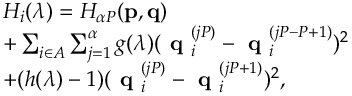
\begin{array} { r l } & { H _ { i } ( \lambda ) = H _ { \alpha P } ( \mathbf { p } , \mathbf { q } ) } \\ & { + \sum _ { i \in A } \sum _ { j = 1 } ^ { \alpha } g ( \lambda ) ( \textbf { q } _ { i } ^ { ( j P ) } - \textbf { q } _ { i } ^ { ( j P - P + 1 ) } ) ^ { 2 } } \\ & { + ( h ( \lambda ) - 1 ) ( \textbf { q } _ { i } ^ { ( j P ) } - \textbf { q } _ { i } ^ { ( j P + 1 ) } ) ^ { 2 } , } \end{array}